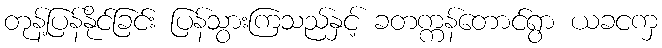
တုန့်ပြန်နိုင်ခြင်း ပြန်သွားကြသည်နှင့် ခတက္ကန်တောင်ရွာ ယခငကှ